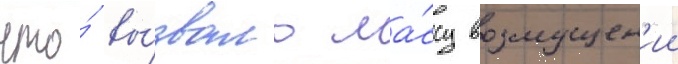
что́ вы́звало ма́ссу возмущен'ии